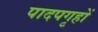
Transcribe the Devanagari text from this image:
पादपगृहों